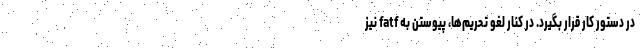
در دستور کار قرار بگیرد. در کنار لغو تحریم‌ها، پیوستن به fatf نیز